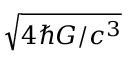
\sqrt { 4 \hbar G / c ^ { 3 } }